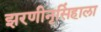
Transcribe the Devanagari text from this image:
झरणीनृसिंहाला